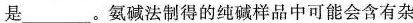
是___。氨碱法制得的纯碱样品中可能会含有杂